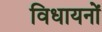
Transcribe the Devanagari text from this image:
विधायनों